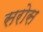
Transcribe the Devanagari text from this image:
सरोस